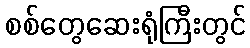
စစ်တွေဆေးရုံကြီးတွင်